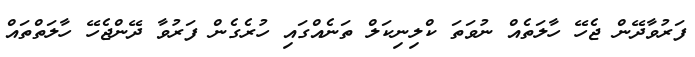
ފަރުވާދޭން ޖެހޭ ހާލަތެއް ނުވަތަ ކްލިނިކަލް ތަނެއްގައި ހުރެގެން ފަރުވާ ދޭންޖެހޭ ހާލަތްތައް